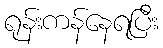
ရုန်းကန်နေရပြီး